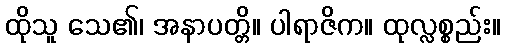
ထိုသူ သေ၏၊ အနာပတ္တိ။ ပါရာဇိက။ ထုလ္လစ္စည်း။